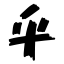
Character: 乎